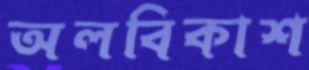
অলবিকাশ